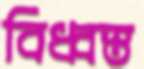
বিধ্বস্ত